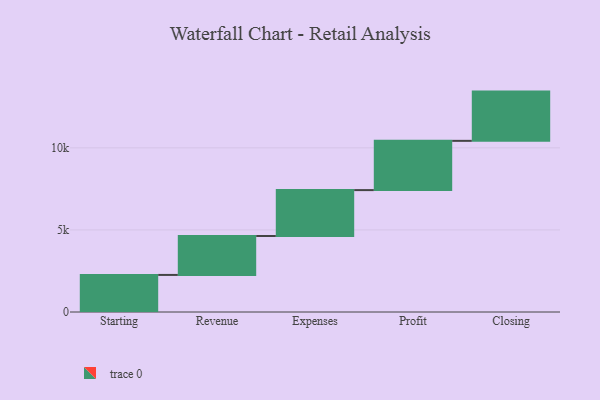
{"axis": {"x": "Step", "y": "Value"}, "legend": [""], "data": [{"x": "Starting", "y": 2258.0, "type": ""}, {"x": "Revenue", "y": 2372.0, "type": ""}, {"x": "Expenses", "y": 2795.0, "type": ""}, {"x": "Profit", "y": 3000, "type": ""}, {"x": "Closing", "y": 3000, "type": ""}]}